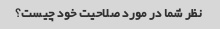
نظر شما در مورد صلاحیت خود چیست؟